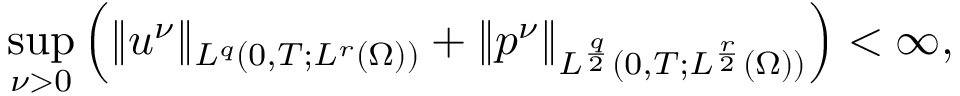
\operatorname* { s u p } _ { \nu > 0 } \left( \| u ^ { \nu } \| _ { L ^ { q } ( 0 , T ; L ^ { r } ( \Omega ) ) } + \| p ^ { \nu } \| _ { L ^ { \frac { q } { 2 } } ( 0 , T ; L ^ { \frac { r } { 2 } } ( \Omega ) ) } \right) < \infty ,